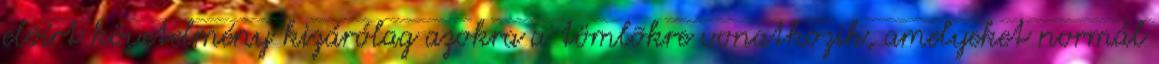
elõírt követelmény kizárólag azokra a tömlõkre vonatkozik, amelyeket normál